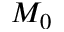
M _ { 0 }